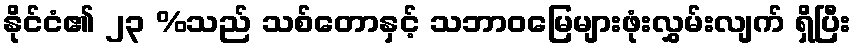
နိုင်ငံ၏ ၂၃ %သည် သစ်တောနှင့် သဘာဝမြေများဖုံးလွှမ်းလျက် ရှိပြီး